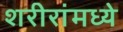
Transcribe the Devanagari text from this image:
शरीरांमध्ये